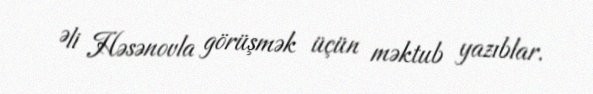
Əli Həsənovla görüşmək üçün məktub yazıblar.